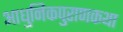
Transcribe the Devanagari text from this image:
आधुनिकपुराणकथा